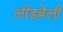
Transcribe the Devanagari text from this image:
लीडबेली